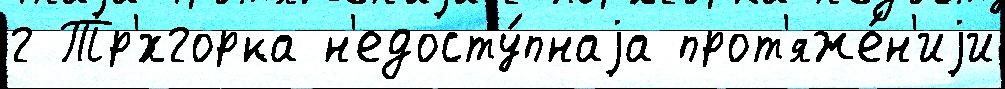
г Тр'́хгорка н'едосту́пнаjа прот'яже́н'иjи